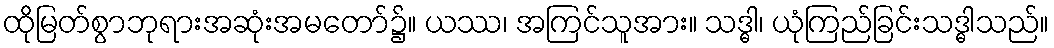
ထိုမြတ်စွာဘုရားအဆုံးအမတော်၌။ ယဿ၊ အကြင်သူအား။ သဒ္ဓါ၊ ယုံကြည်ခြင်းသဒ္ဓါသည်။